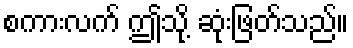
စကားလက် ဤသို့ ဆုံးဖြတ်သည်။